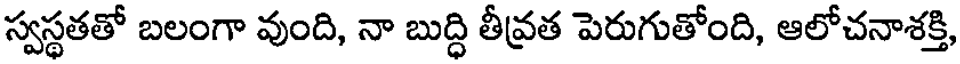
స్వస్థతతో బలంగా వుంది, నా బుద్ధి తీవ్రత పెరుగుతోంది, ఆలోచనాశక్తి,